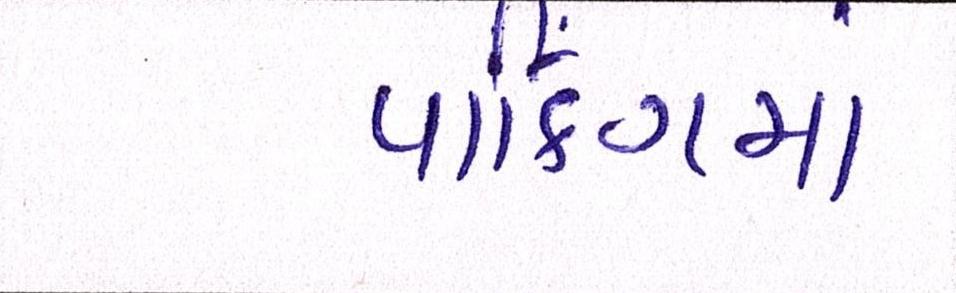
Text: પાર્કિંગમાં